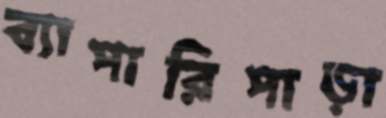
ব্যাপারিপাড়া